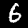
Digit: 6